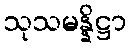
သုသမန္နိဋ္ဌာ